system: You are a helpful assistant.
user:
Analyze the provided spectrum to determine if it is a **M-type Giant (gM)**.

A M-type Giant spectrum is defined by its **strong molecular absorption** features, particularly from **Titanium Oxide (TiO)**. You must check for one of the following mutually exclusive signatures:

- **Key Visual Indicators (Absorption-Dominated Spectrum):**

    - **(Primary):** The spectrum is dominated by strong molecular absorption from **Titanium Oxide (TiO)**. This is the **defining feature** of its M-type temperature class.
        - **(Key Bandheads):** Look for sharp, "saw-tooth" absorption valleys. The strongest are located near **~7050 Å**, **~6160 Å**, and **~5170 Å**.
        - **(Line Profile):** The "saw-tooth" morphology is critical: a **sharp, steep drop on the BLUE (short-wavelength) side** of the bandhead, followed by a gradual recovery (rising flux) towards the RED (long-wavelength) side.

    - **(Key Confirmation - Giant vs. Dwarf):** **ABSENCE** of strong **Calcium Hydride (CaH)** molecular bands. This is the primary diagnostic for *excluding* M-dwarfs.
        - **(Key Region):** The spectrum should lack the strong, broad absorption band seen in dwarfs between **~6800 Å and ~7000 Å**.

    - **(Secondary Confirmation - Giant):** A very strong and broad **Neutral Calcium (Ca I)** atomic absorption line.
        - **(Key Line):** Located at **~4226 Å**. In a giant (gM), this line is significantly deeper and broader than the same line in an M-dwarf (dM) due to low surface gravity.

    - **(Overall Spectrum):**
        - The continuum is **extremely red-sloping** (i.e., flux is very low in the blue and rises dramatically towards the red).
        - The entire spectrum appears "chopped up" by the deep TiO bands.

Think first, call **spectral_visualization_tool** if needed to examine features in detail, then provide your final answer. Your response must adhere to the following strict rules:
1.  **Overall Structure:** Your response must follow the format `<think>...</think> <tool_call>...</tool_call> (if a tool is used) <answer>...</answer>`.
2.  **Tool Usage Constraint:** You may only make **one** tool call per turn.
3.  **Final Answer Format:** In the `<answer>` tag, your conclusion must be inside a `\boxed{}` command (e.g., `\boxed{YES}` or `\boxed{NO}`), followed by your justification.

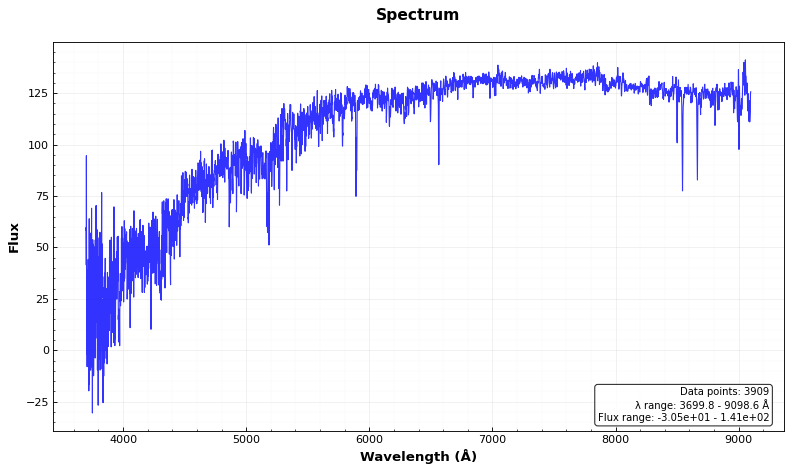
Answer: NO